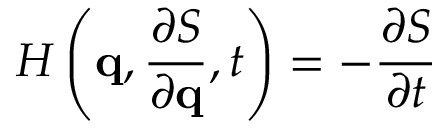
H \left( \mathbf { q } , { \frac { \partial S } { \partial \mathbf { q } } } , t \right) = - { \frac { \partial S } { \partial t } }